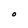
Character: O